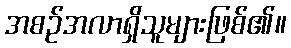
အစဉ်အလာရှိသူများဖြစ်၏။